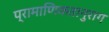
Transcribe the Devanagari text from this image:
प्रामाणिकतानुराग